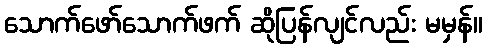
သောက်ဖော်သောက်ဖက် ဆိုပြန်လျင်လည်း မမှန်။